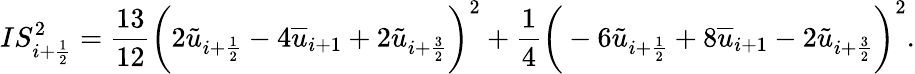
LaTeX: IS_{i+\frac{1}{2}}^{2}=\frac{13}{12}\bigg(2\tilde{u}_{i+\frac{1}{2}}-4\overline{{u}}_{i+1}+2\tilde{u}_{i+\frac{3}{2}}\bigg)^{2}+\frac{1}{4}\bigg(-6\tilde{u}_{i+\frac{1}{2}}+8\overline{{u}}_{i+1}-2\tilde{u}_{i+\frac{3}{2}}\bigg)^{2}.